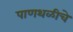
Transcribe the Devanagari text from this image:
पाणथळीचे